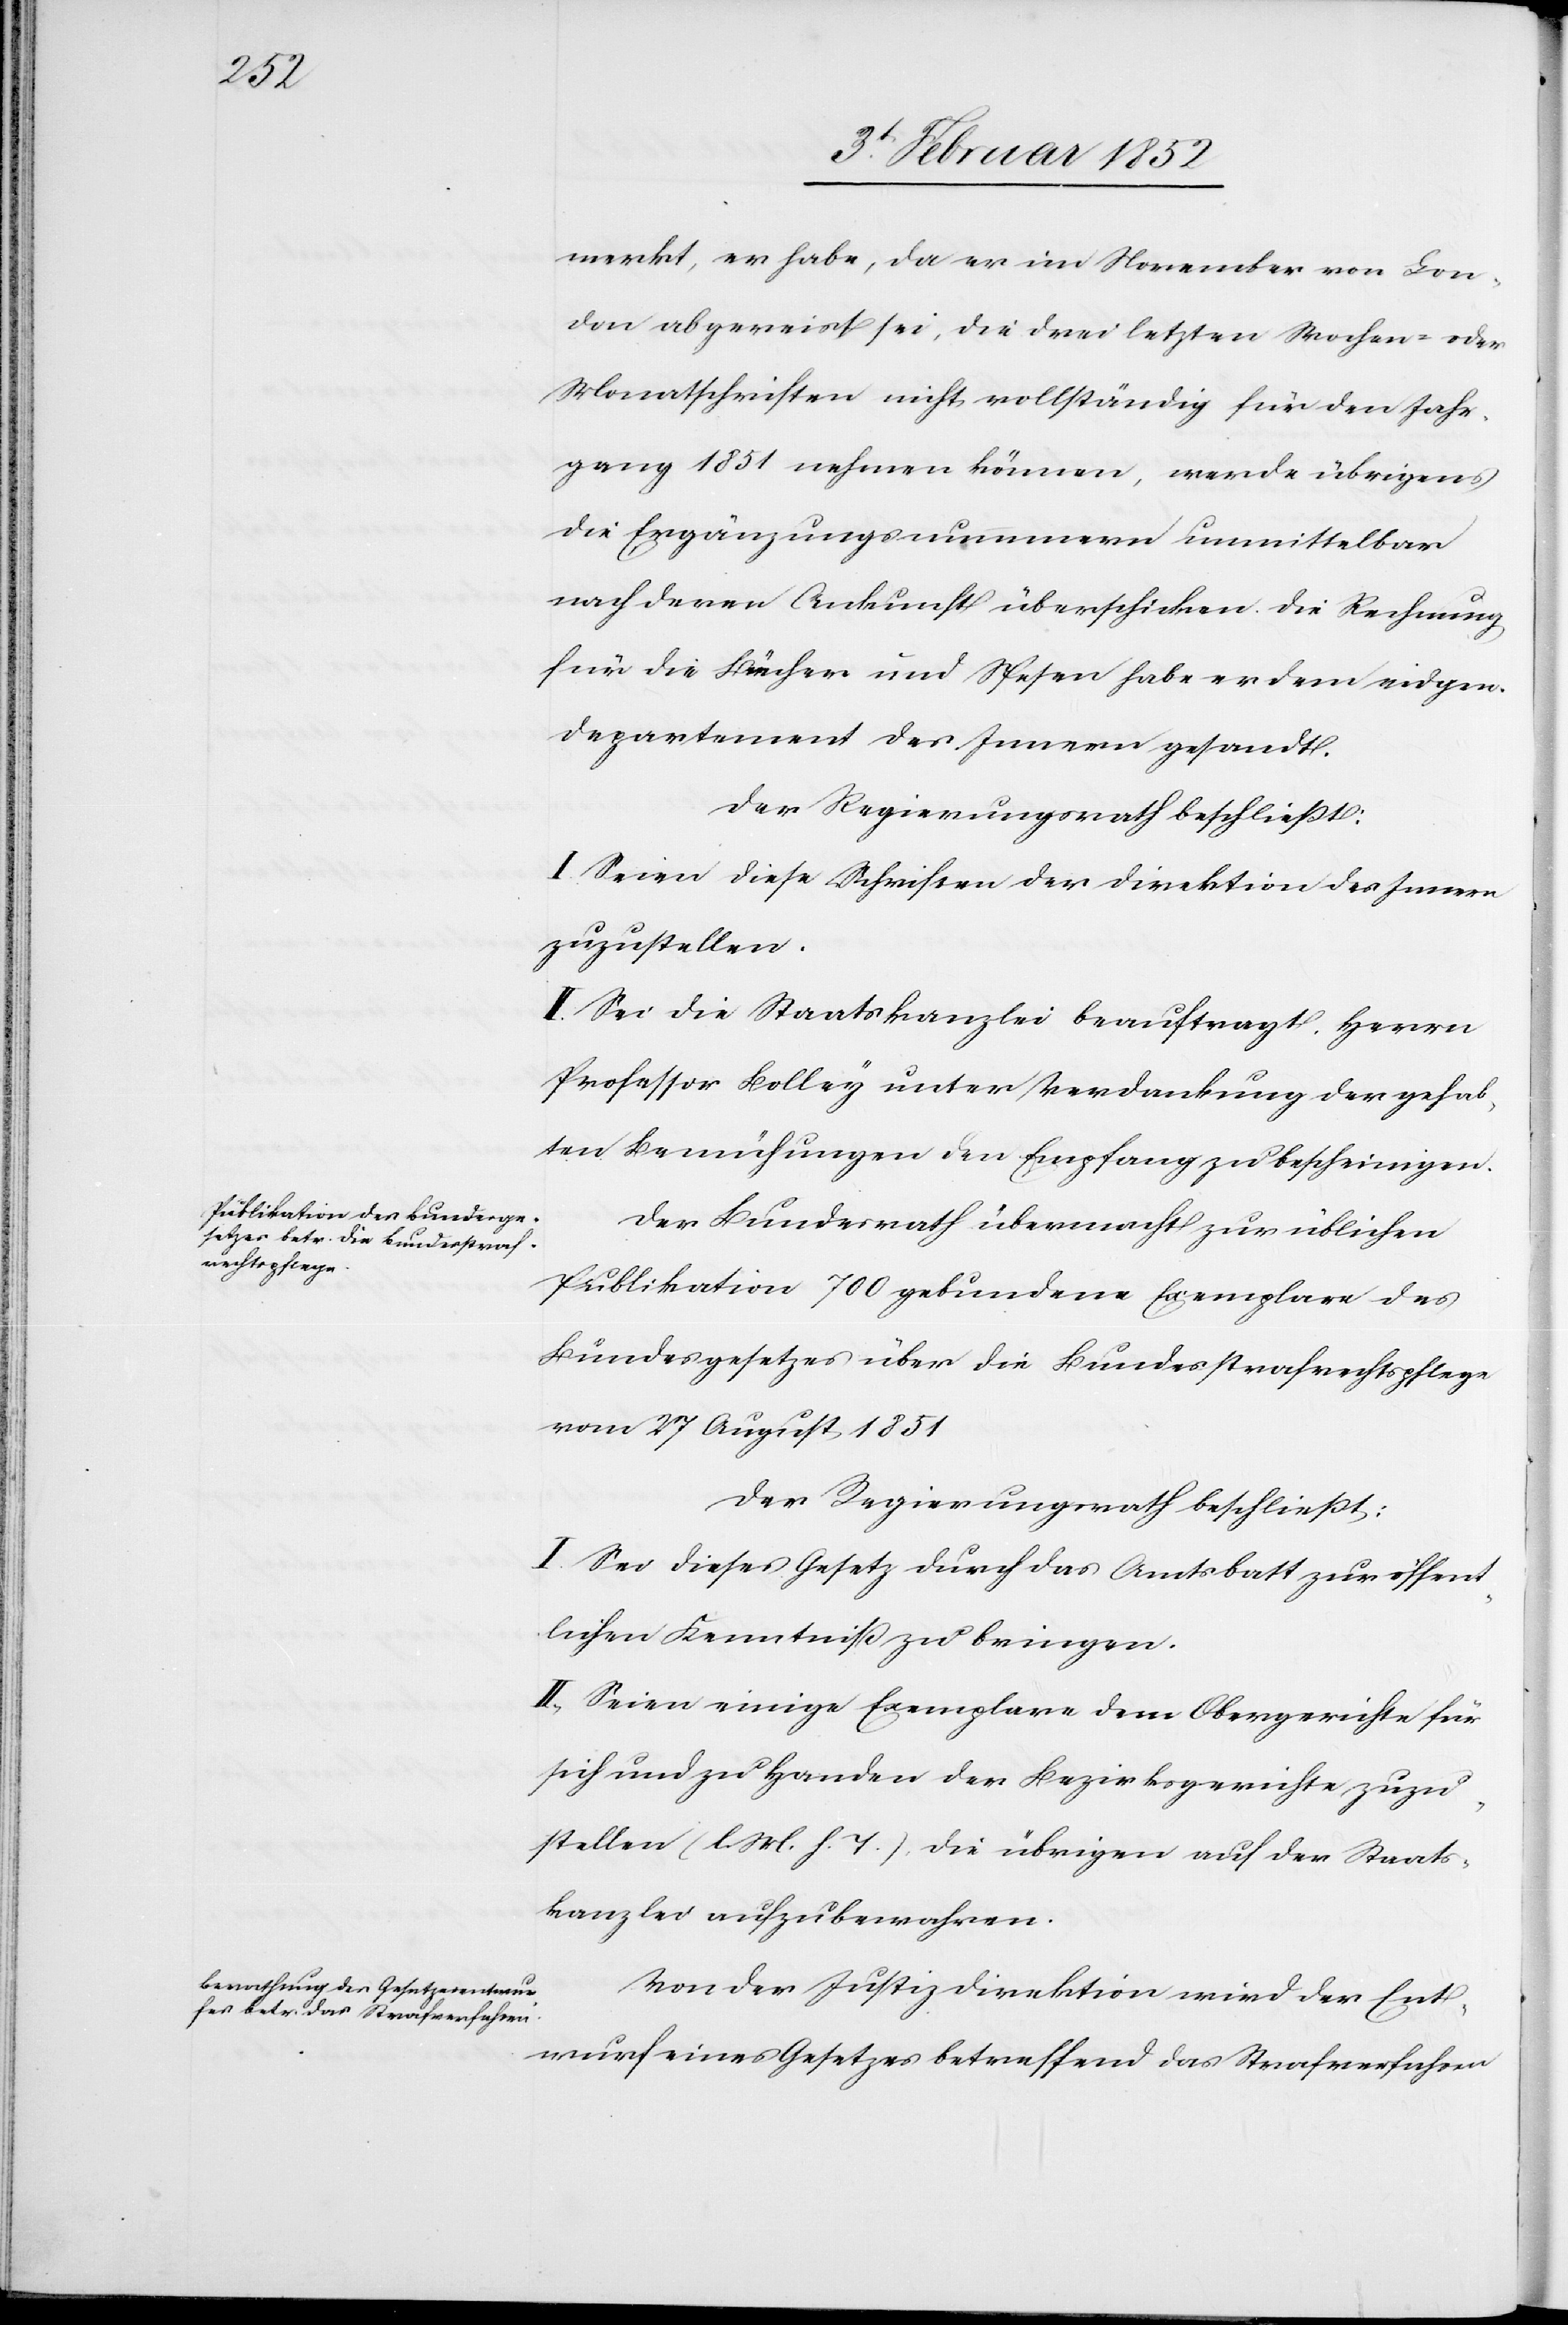
merkt, er habe, da er im November von Lon¬
don abgereist sei, die drei letzten Wochen- oder
Monatschriften nicht vollständig für den Jahr¬
gang 1851 nehmen können, werde übrigens
die Ergänzungsnummern unmittelbar
nach deren Ankunft überschicken. Die Rechnung
für die Bücher und Spesen habe er dem eidgen.
Departement des Innern gesandt.
Der Regierungsrath beschließt:
I. Seien diese Schreiben der Direktion des Innern
zuzustellen.
II. Sei die Staatskanzlei beauftragt Herrn
Professor Bolley unter Verdankung der gehab¬
ten Bemühungen den Empfang zu bescheinigen.
Der Bundesrath übermacht zur üblichen
Publikation 700 gebundene Exemplare des
Bundesgesetzes über die Bundesstrafrechtspflege
vom 27 August 1851
Der Regierungsrath beschließt:
I. Sei dieses Gesetz durch das Amtsblatt zur öffent¬
lichen Kenntniß zu bringen.
II. Seien einige Exemplare dem Obergerichte für
sich und zu Handen der Bezirksgerichte zuzu¬
stellen (l. M. h. T) die übrigen auf der Staats¬
kanzlei aufzubewahren.
Von der Justizdirektion wird der Ent¬
wurf eines Gesetzes betreffend das Strafverfahren